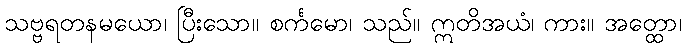
သဗ္ဗရတနမယော၊ ပြီးသော။ စင်္ကမော၊ သည်။ ဣတိအယံ၊ ကား။ အတ္ထော၊